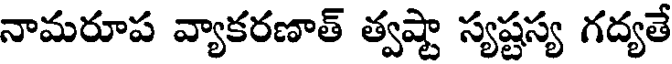
నామరూప వ్యాకరణాత్ త్వష్టా స్యష్టస్య గద్యతే